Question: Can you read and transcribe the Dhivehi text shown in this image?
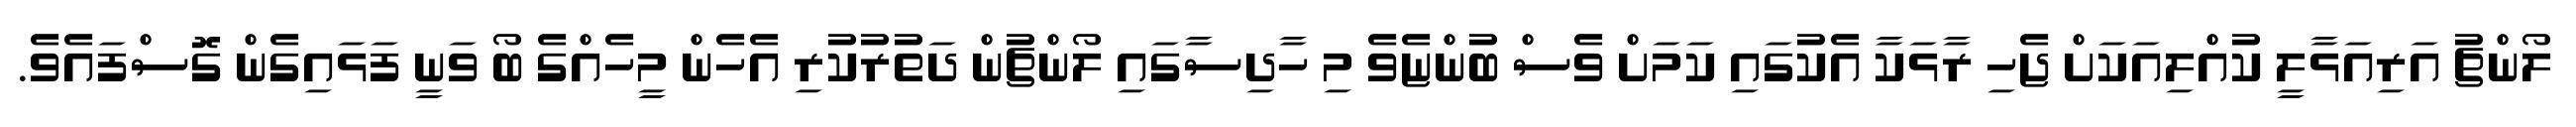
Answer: ލޯންޗު އަރިއަޅާލީ ކުއްލިއަކަށް ޖެހި ރާޅަކާ އެކުގައި ކަމަށް ވެސް ބުންޏެވެ މި ހާދިސާގައި ލޯންޗުން ދަތުރުކުރި އެހެން މީހެއްގެ ބޯ ވަނީ ފަޅައިގެން ގޮސްފައެވެ.